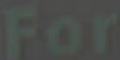
For